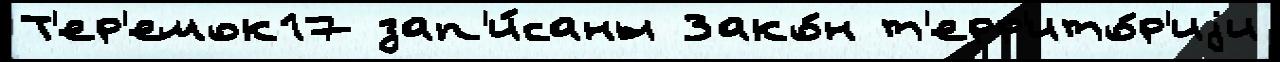
Т'ер'емок17 зап'и́саны Зако́н т'ерр'ито́р'иjи